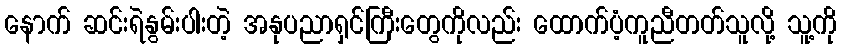
နောက် ဆင်းရဲနွမ်းပါးတဲ့ အနုပညာရှင်ကြီးတွေကိုလည်း ထောက်ပံ့ကူညီတတ်သူလို့ သူ့ကို